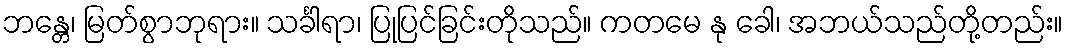
ဘန္တေ၊ မြတ်စွာဘုရား။ သင်္ခါရာ၊ ပြုပြင်ခြင်းတိုသည်။ ကတမေ နု ခေါ၊ အဘယ်သည်တို့တည်း။